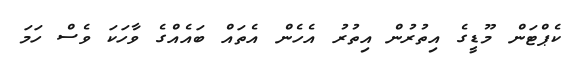
ކެޕްޓަން މޫޑީގެ އިތުރުން އިތުރު އެހެން އެތައް ބައެއްގެ ވާހަކަ ވެސް ހަމަ